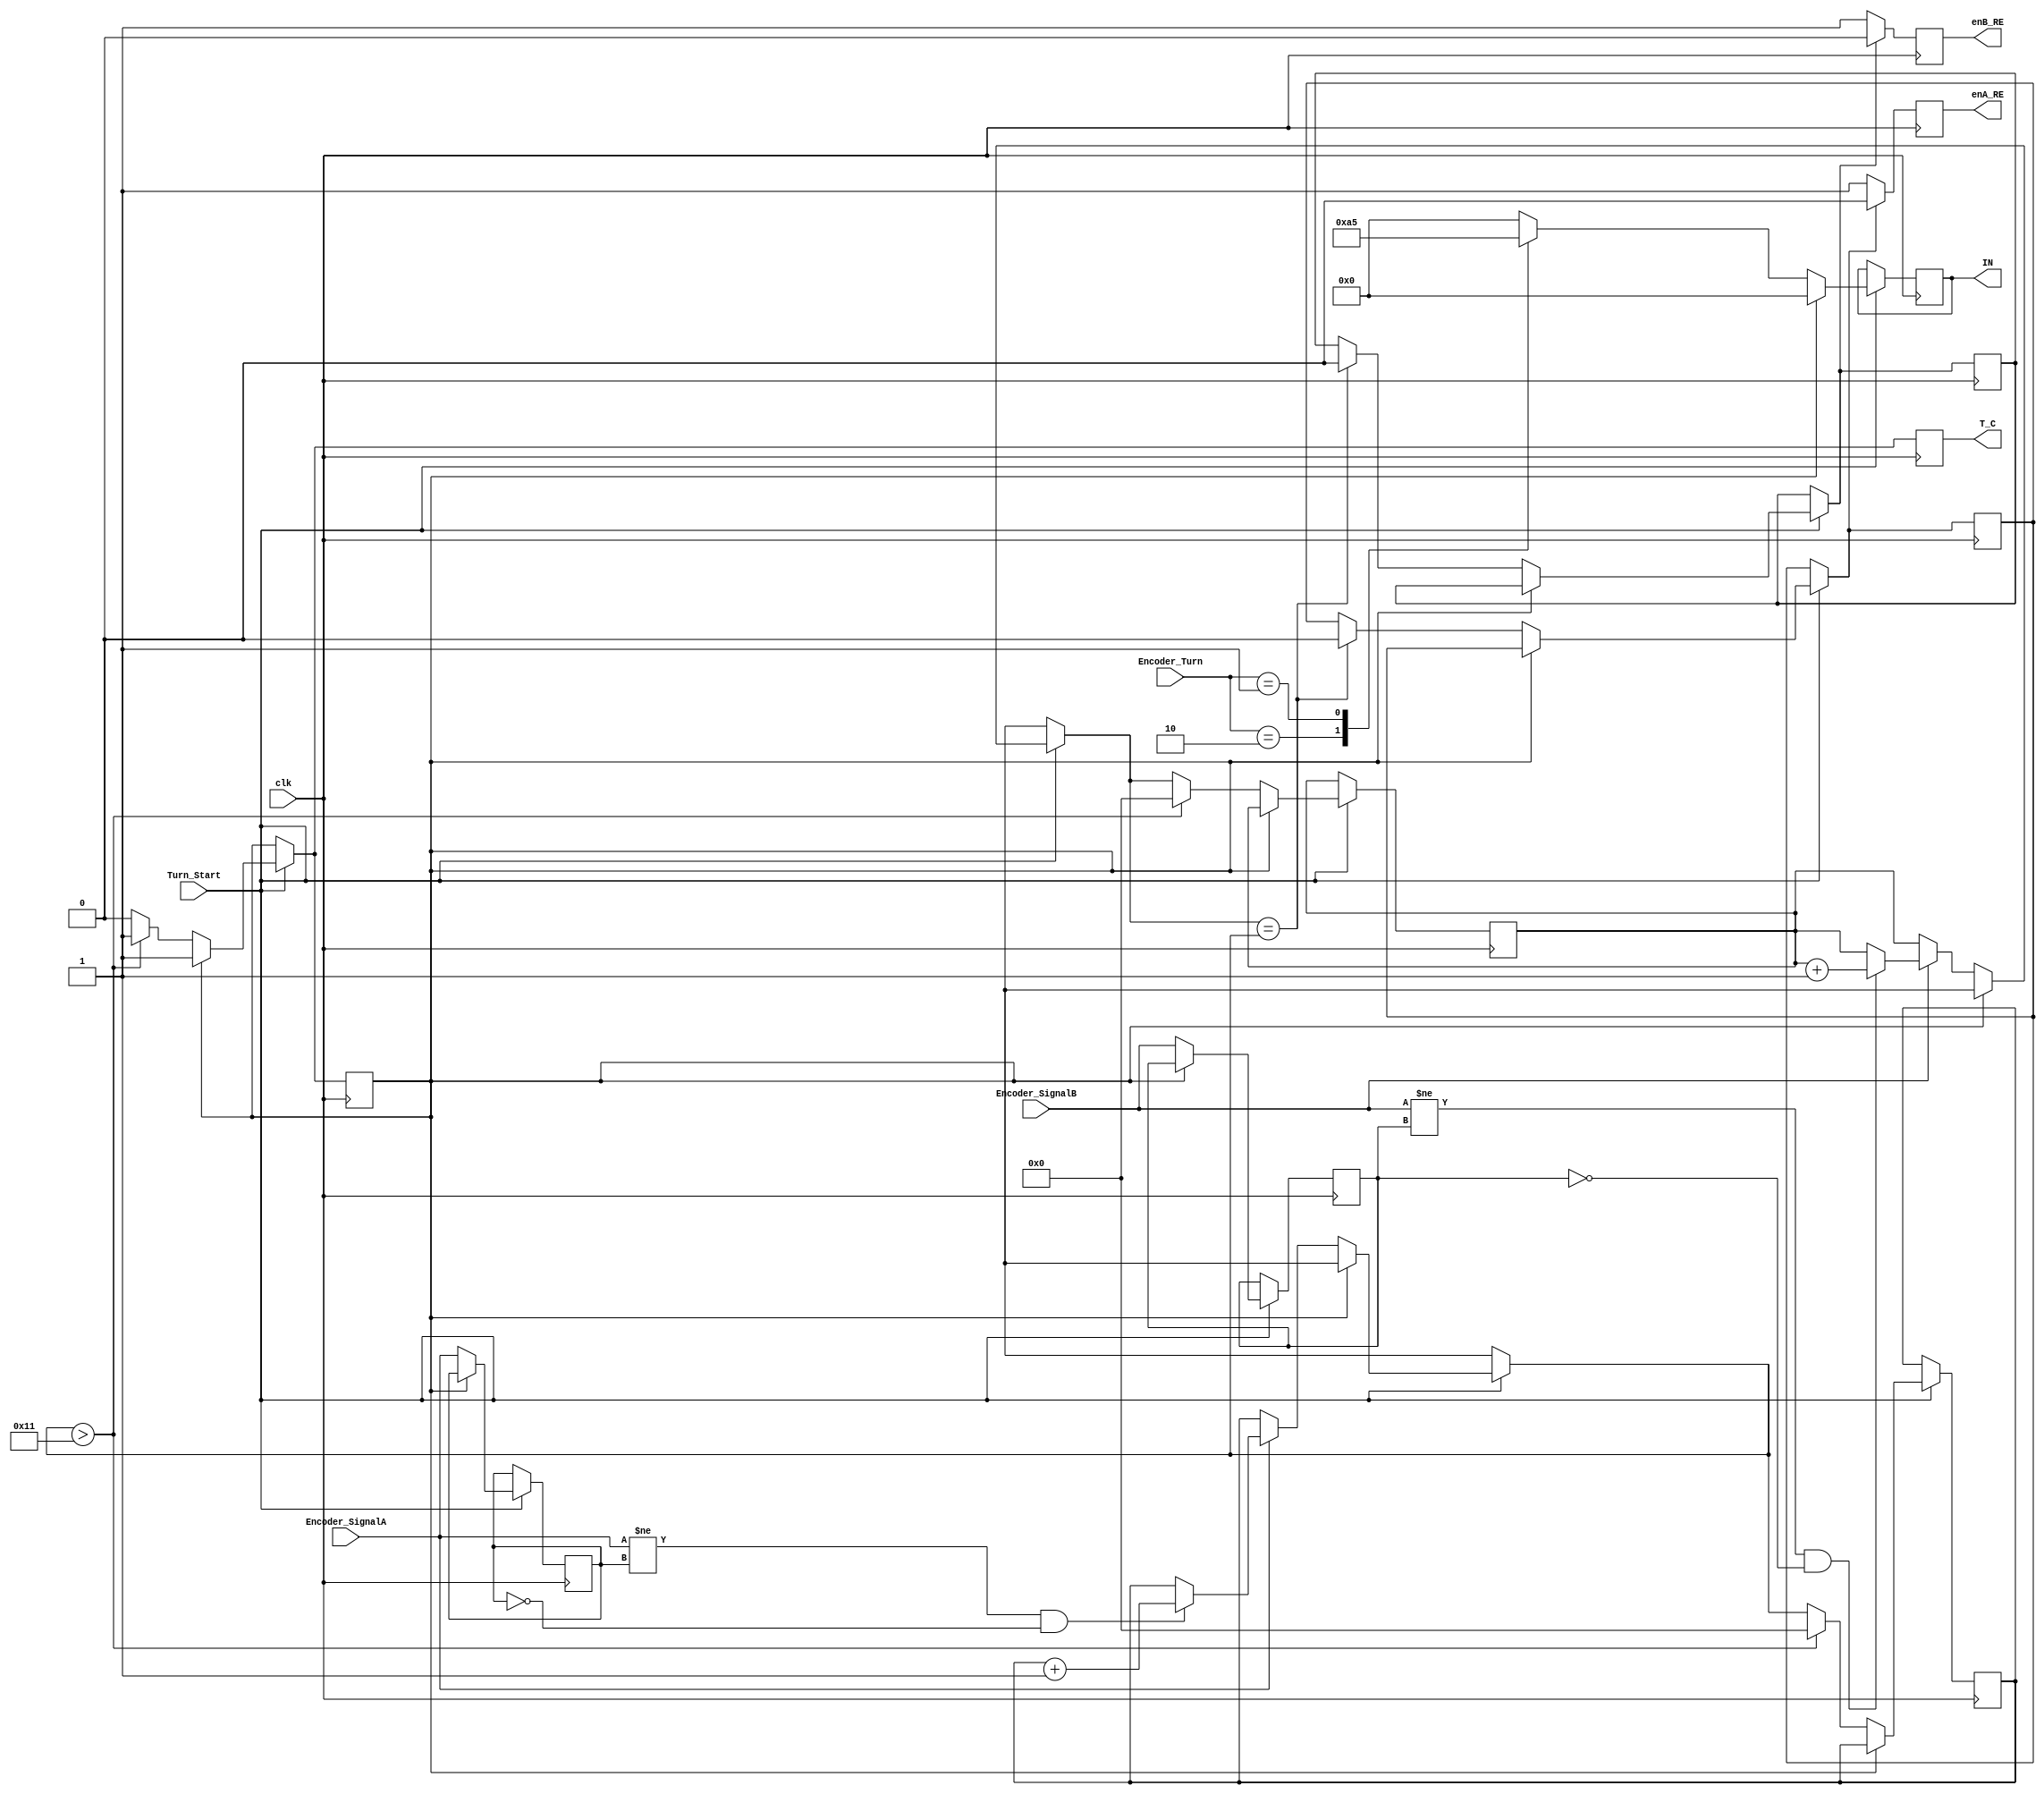
module Encoder_Turn(
    input clk,
    input Encoder_SignalA,
    input Encoder_SignalB,
    input [1:0]Encoder_Turn,    // B L R F    //Input
    input Turn_Start,
    output reg enA_RE,
    output reg enB_RE,
    output reg [4:1] IN,
    output reg T_C
 //   output LED1
);
reg [7:0] EncoderA_Counter = 0;
reg [7:0] EncoderB_Counter = 0;
reg [9:0] Encoder_Out = 0;
reg old_signal_A = 0;
reg old_signal_B = 0;
reg T_C_reg = 0;
                //OUTPUT
parameter Turn_Limit = 65;     //17=45d 40=110d
reg Stop_A = 0;
reg Stop_B = 0;
//reg LEDON = 0;

always @(posedge clk) begin
if (Turn_Start) begin
    if (~T_C_reg)begin

        case (Encoder_Turn)
            2'b10: IN = 4'b1010;          // Left on Switch 2 (0110)
            2'b01: IN = 4'b0101;          // Right on Switch 1 (1001)
            default: IN = 4'b0000;          // Stop (0000)
        endcase

        if (Encoder_SignalA) begin
            if ((Encoder_SignalA != old_signal_A) & ~old_signal_A) begin
                EncoderA_Counter = EncoderA_Counter + 1;
            end
        end

        if (Encoder_SignalB) begin
            if ((Encoder_SignalB != old_signal_B) & ~old_signal_B) begin
                EncoderB_Counter = EncoderB_Counter + 1;
            end
        end

        if (EncoderB_Counter == EncoderA_Counter) begin
            Stop_A = 0; 
            Stop_B = 0;
            Encoder_Out = EncoderA_Counter;
        end

        old_signal_A = Encoder_SignalA;
        old_signal_B = Encoder_SignalB;

        if(EncoderA_Counter > 17)begin
            EncoderA_Counter = 0;
            EncoderB_Counter = 0;
            Encoder_Out = 0;
            T_C_reg = 1;
        end 
    end
    else begin
        IN = 4'b0000;
    end
    end
    enA_RE = (Stop_A == 0) ? 1 : 0;
    enB_RE = (Stop_B == 0) ? 1 : 0;
    T_C = T_C_reg;
end
//    assign LED1 = LEDON;
endmodule